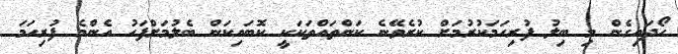
ހޯދައިގެން މި ބިލު ފުރިހަމަކުރުމަށް ކުރެވޭނެ ކަންތައްތަކަކީ ކޮބައިކަން ބެލުމަށްފަހު އެންމެ ފުރިހަމަ